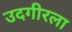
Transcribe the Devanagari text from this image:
उदगीरला